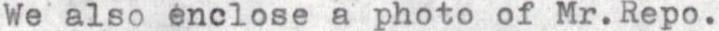
We also enclose a photo.of Mr.Repo.